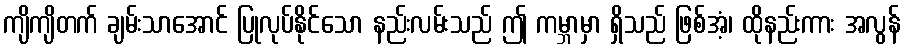
ကျိကျိတက် ချမ်းသာအောင် ပြုလုပ်နိုင်သော နည်းလမ်းသည် ဤ ကမ္ဘာမှာ ရှိသည် ဖြစ်အံ့၊ ထိုနည်းကား အလွန်